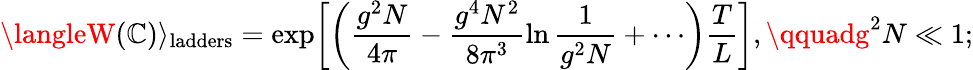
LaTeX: \langleW(\mathbb{C})\rangle_{\mathrm{{ladders}}}=\exp\biggl[\biggl(\frac{{g^{2}N}}{{4\pi}}-\frac{{g^{4}N^{2}}}{{8\pi^{3}}}\ln\frac{{1}}{{g^{2}N}}+\cdots\biggr)\frac{{T}}{{L}}\biggr],\qquadg^{2}N\ll1;